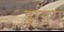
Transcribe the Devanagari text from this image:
डांगरां